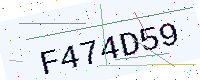
Text: F474D59